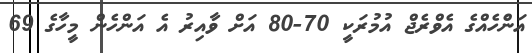
އަންެހެއްގެ އެވްރެޖް އުމުރަކީ 70-80 އަށް ވާއިރު އެ އަންހެން މީހާގެ 69